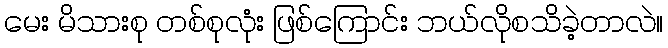
မေး မိသားစု တစ်စုလုံး ဖြစ်ကြောင်း ဘယ်လိုစသိခဲ့တာလဲ။